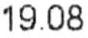
19.08